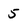
Character: 5